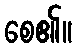
စေ၏။